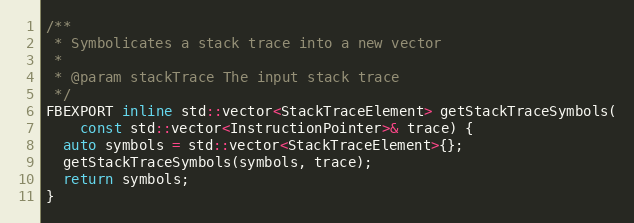
Language: C
/**
 * Symbolicates a stack trace into a new vector
 *
 * @param stackTrace The input stack trace
 */
FBEXPORT inline std::vector<StackTraceElement> getStackTraceSymbols(
    const std::vector<InstructionPointer>& trace) {
  auto symbols = std::vector<StackTraceElement>{};
  getStackTraceSymbols(symbols, trace);
  return symbols;
}